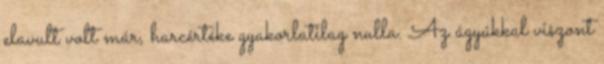
elavult volt már, harcértéke gyakorlatilag nulla. Az ágyúkkal viszont